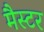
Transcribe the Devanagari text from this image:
मैस्टर